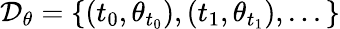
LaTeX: \mathcal{D}_{\theta}=\{ (t_{0},\theta_{t_{0}}),(t_{1},\theta_{t_{1}}),...\}